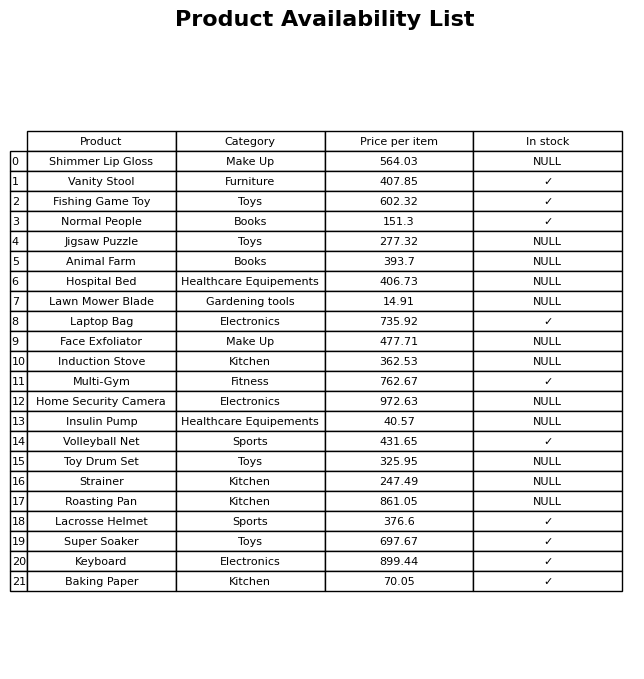
question: What is the price for Strainer?
answer: The price of Strainer is 247.49.